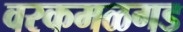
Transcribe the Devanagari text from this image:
वरकमळगड